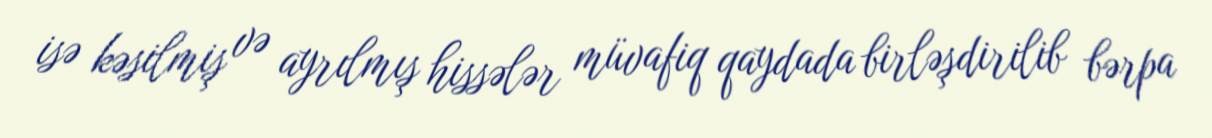
isə kəsilmiş və ayrılmış hissələr müvafiq qaydada birləşdirilib bərpa